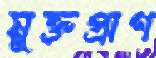
মুক্তপ্রাণ